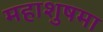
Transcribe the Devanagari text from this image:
महाशुषमा